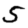
Digit: 5